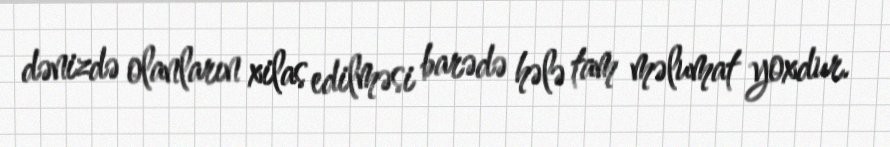
dənizdə olanların xilas edilməsi barədə hələ tam məlumat yoxdur.